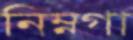
নিম্নগা